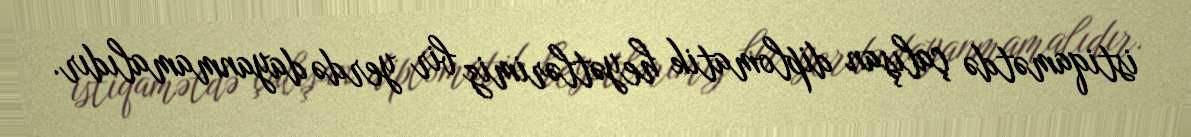
istiqamətdə çalışan diplomatik heyətlərimiz bir yerdə dayanmamalıdır.